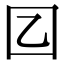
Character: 𡆠